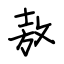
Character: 敖